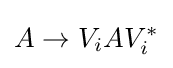
A\to V_{i}AV_{i}^{*}